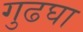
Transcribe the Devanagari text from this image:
गुढघा